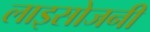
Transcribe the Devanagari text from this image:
लाइसोजनी